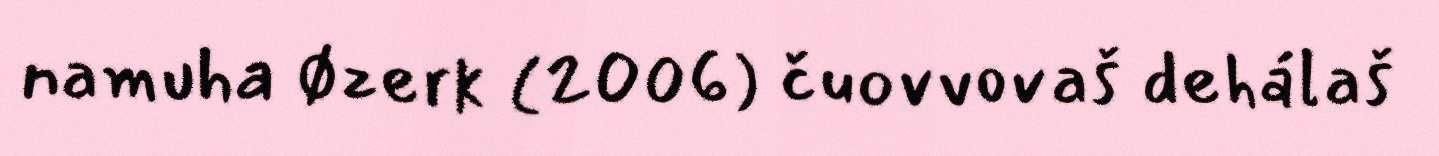
namuha Øzerk (2006) čuovvovaš dehálaš